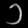
Digit: ၁